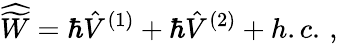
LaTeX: {\widehat{\widetilde W}}=\hbar{\hat{V}}^{(1)}+\hbar{\hat{V}}^{(2)}+h.c.\, ,